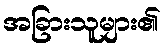
အခြားသူများ၏